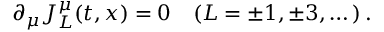
\partial _ { \mu } J _ { L } ^ { \mu } ( t , x ) = 0 \quad ( L = \pm 1 , \pm 3 , \dots ) \, .